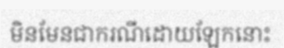
មិនមែនជាករណីដោយឡែកនោះ